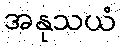
အနုသယံ